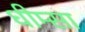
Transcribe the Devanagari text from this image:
धीम्सा